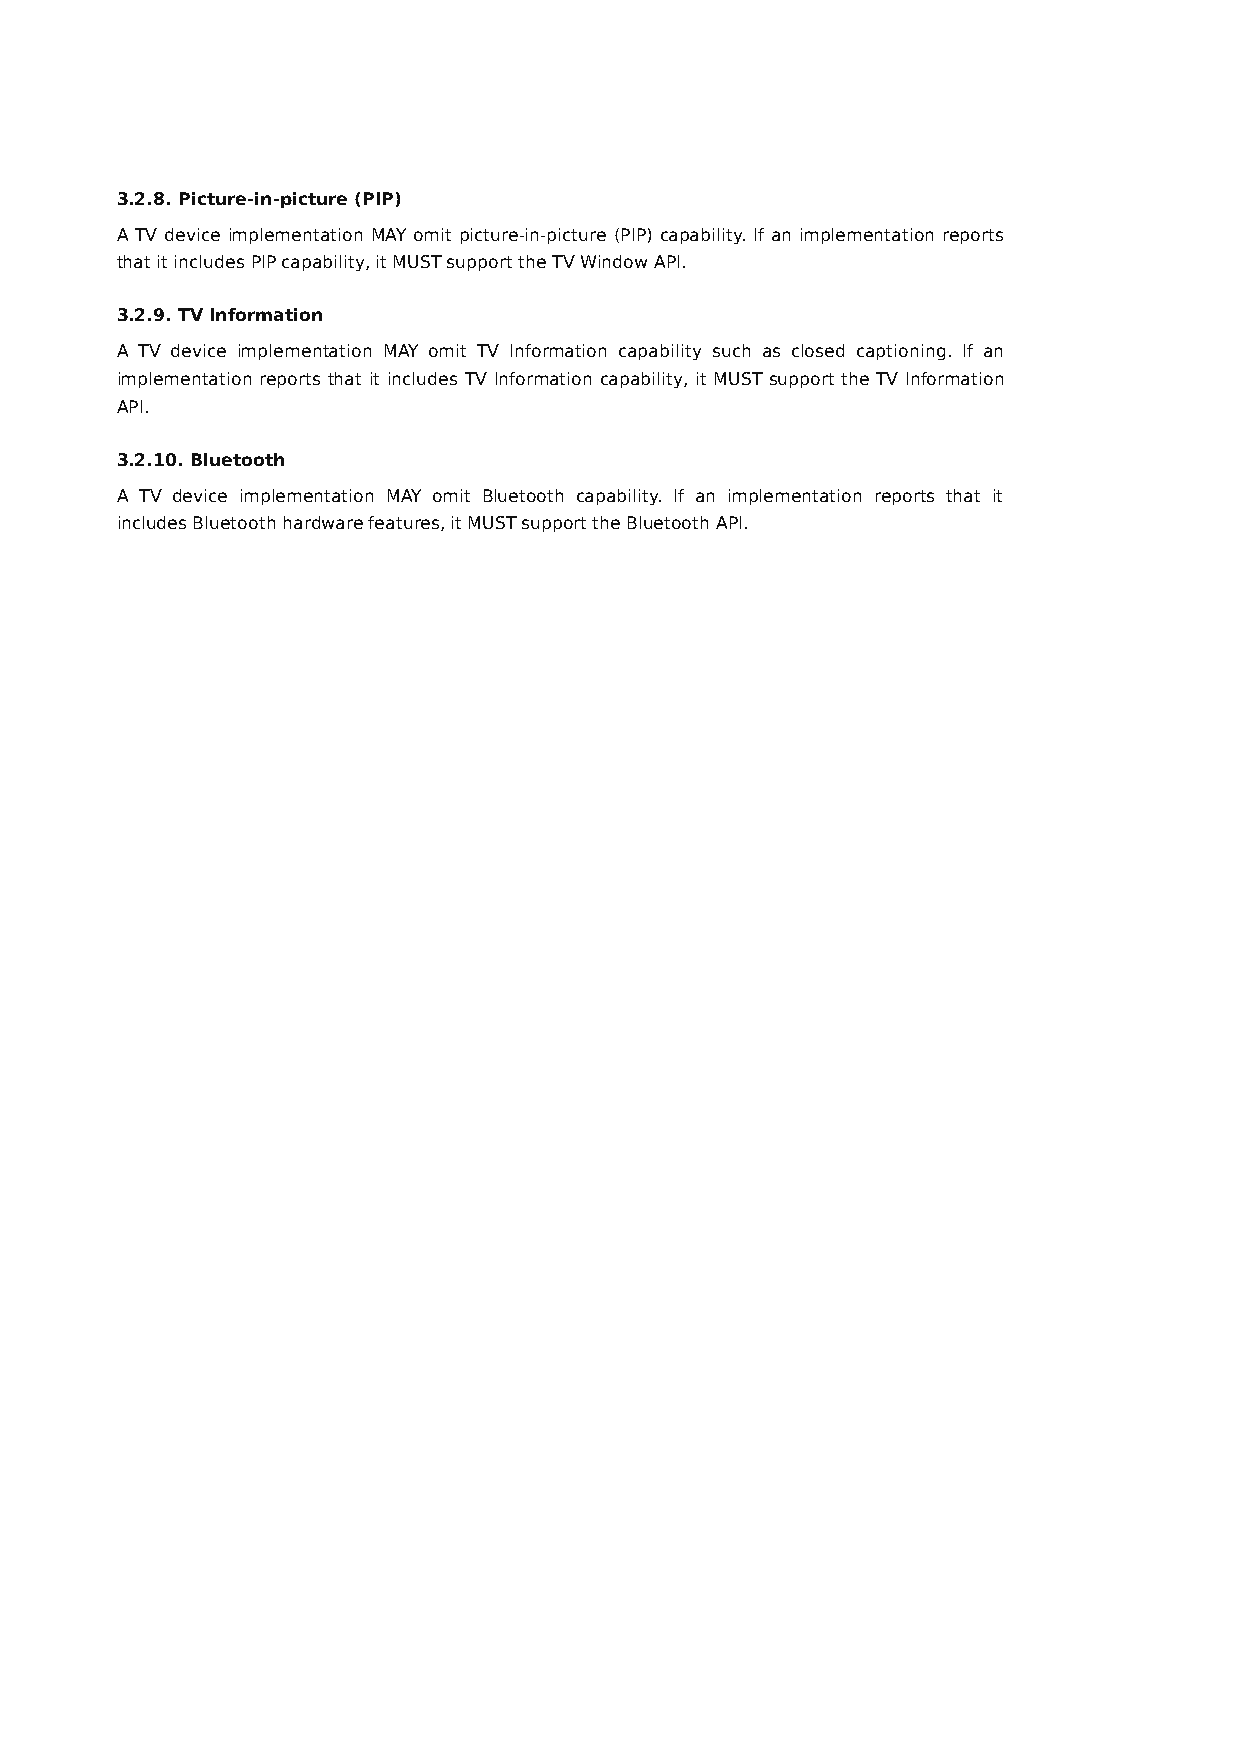
3.2.8. Picture-in-picture (PIP)
 A TV device implementation MAY omit picture-in-picture (PIP) capability. If an implementation reports
 that it includes PIP capability, it MUST support the TV Window API.
 3.2.9. TV Information
 A TV device implementation MAY omit TV Information capability such as closed captioning. If an
 implementation reports that it includes TV Information capability, it MUST support the TV Information
 API.
 3.2.10. Bluetooth
 A TV device implementation MAY omit Bluetooth capability. If an implementation reports that it
 includes Bluetooth hardware features, it MUST support the Bluetooth API.